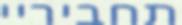
תחביריי